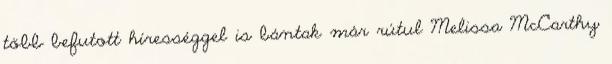
több befutott hírességgel is bántak már rútul Melissa McCarthy